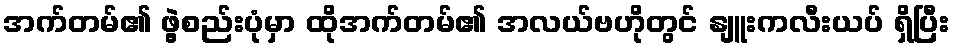
အက်တမ်၏ ဖွဲ့စည်းပုံမှာ ထိုအက်တမ်၏ အလယ်ဗဟိုတွင် နျူးကလီးယပ် ရှိပြီး